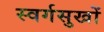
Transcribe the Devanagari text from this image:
स्वर्गसुखों